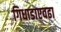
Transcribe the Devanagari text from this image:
गिधाडाएवढा